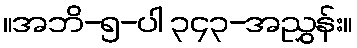
။အဘိ-၅-ပါ ၃၄၃-အညွှန်း။